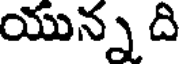
యున్న ది